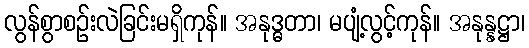
လွန်စွာစဉ်းလဲခြင်းမရှိကုန်။ အနုဒ္ဓတာ၊ မပျံ့လွင့်ကုန်။ အနုန္နဋ္ဌာ၊